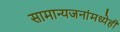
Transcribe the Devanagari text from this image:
सामान्यजनांमध्येही